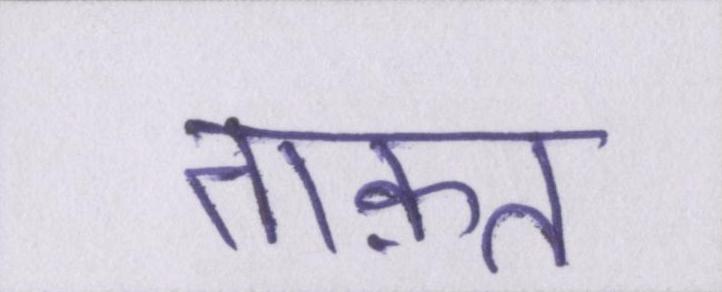
ताक़त